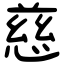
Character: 慈